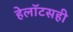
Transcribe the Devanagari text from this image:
हेलॉटसही